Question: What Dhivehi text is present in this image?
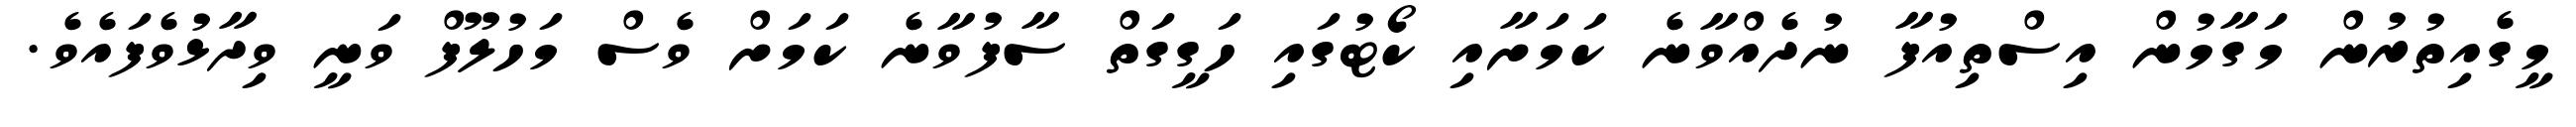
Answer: މީގެއިތުރުން މަގާމުން އިސްތިއުފާ ނުދެއްވާނެ ކަމަށާއި ކޯޓުގައި ހަގީގަތް ސާފުވާނެ ކަމަށް ވެސް މަހުލޫފް ވަނީ ވިދާޅުވެފައެވެ.